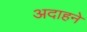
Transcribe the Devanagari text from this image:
अदाहने